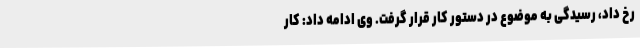
رخ داد، رسیدگی به موضوع در دستور کار قرار گرفت. وی ادامه داد: کار